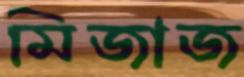
মিজাজ